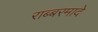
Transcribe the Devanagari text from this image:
राब्बरमादे